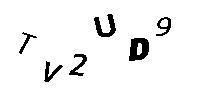
TV2UD9